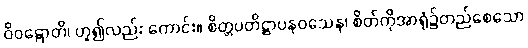
ဝိဝဋ္ဋောတိ၊ ဟူ၍လည်း ကောင်း။ စိတ္တပတိဋ္ဌာပနဝသေန၊ စိတ်ကိုအာရုံ၌တည်စေသော